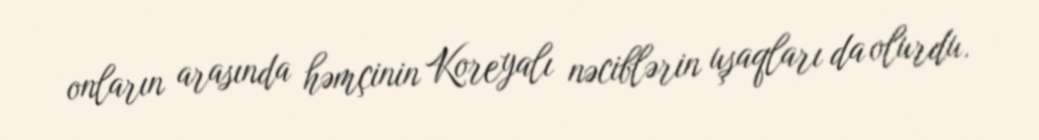
onların arasında həmçinin Koreyalı nəciblərin uşaqları da olurdu.